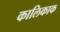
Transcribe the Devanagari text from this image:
कालिकाक